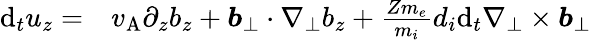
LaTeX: \begin{array}{rl}{\mathrm{d}_{t}u_{z}=}&{{}v_{\mathrm{A}}\partial_{z}b_{z}+\boldsymbol{b}_{\perp}\cdot\nabla_{\perp}b_{z}+\frac{Zm_{e}}{m_{i}}d_{i}\mathrm{d}_{t}\nabla_{\perp}\times\boldsymbol{b}_{\perp}}\end{array}